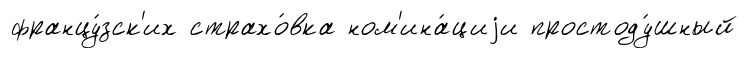
францу́зск'их страхо́вка ном'ина́циjи простоду́шный